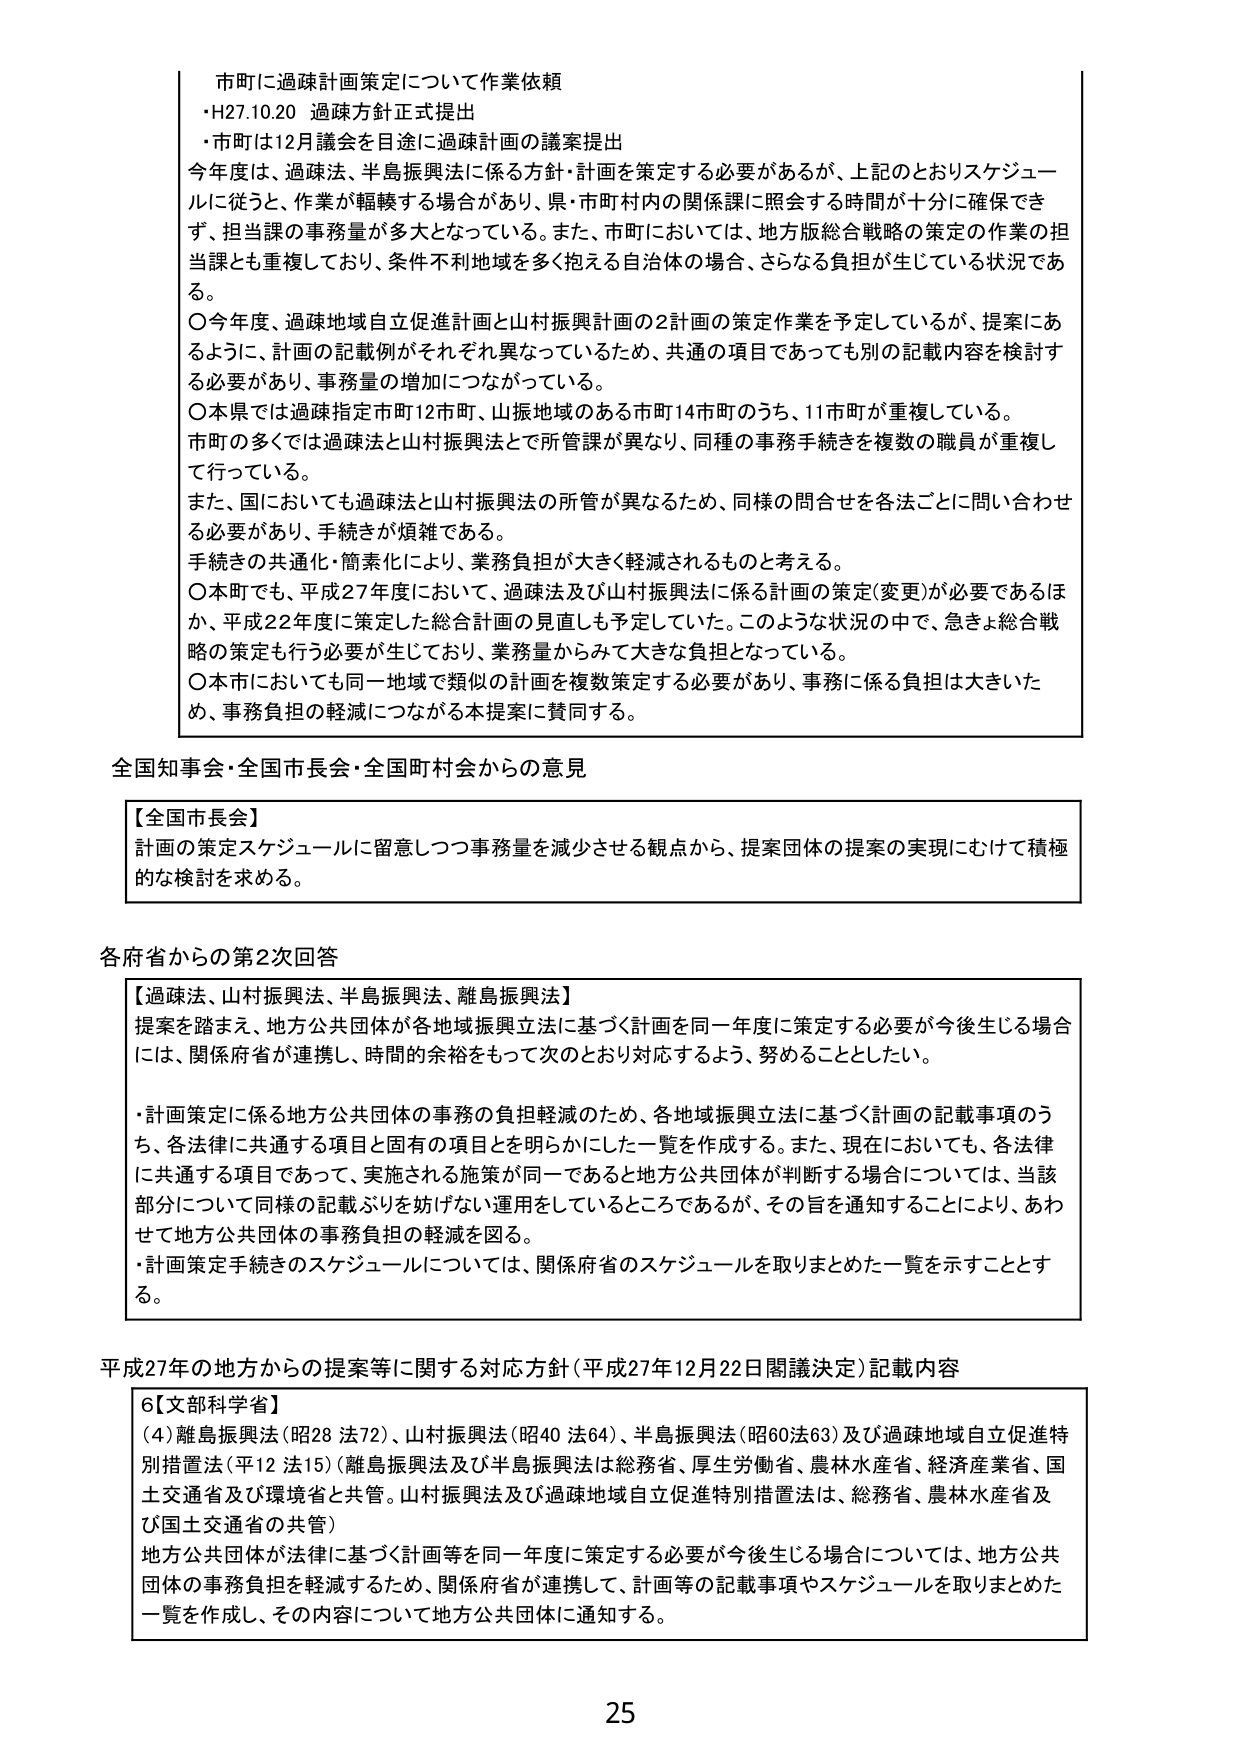
市町に過疎計画策定について作業依頼
・H27.10.20 過疎方針正式提出
・市町は12月議会を目途に過疎計画の議案提出

今年度は、過疎法、半島振興法に係る方針・計画を策定する必要があるが、上記のとおりスケジュールに従うと、作業が軽疎する場合があり、県・市町村内の関係課に照会する時間が十分に確保できず、担当課の事務量が多大となっている。また、市町においては、地方版総合戦略の策定の作業の担当課とも重複しており、条件不利地域を多く抱える自治体の場合、さらなる負担が生じている状況である。

〇今年度、過疎地域自立促進計画と山村振興計画の2計画の策定作業を予定しているが、提案にあるように、計画の記載例がそれぞれ異なっているため、共通の項目であっても別の記載内容を検討する必要があり、事務量の増加につながっている。

〇本県では過疎指定市町12市町、山振地域のある市町14市町のうち、11市町が重複している。市町の多くでは過疎法と山村振興法とで所管課が異なり、同種の事務手続きを複数の職員が重複して行っている。

また、国においても過疎法と山村振興法の所管が異なるため、同様の問合せを各法ごとに問い合わせる必要があり、手続きが煩雑である。

手続きの共通化・簡素化により、業務負担が大きく軽減されるものと考える。

〇本町でも、平成27年度において、過疎法及び山村振興法に係る計画の策定(変更)が必要であるほか、平成22年度に策定した総合計画の見直しも予定していた。このような状況の中で、急きょ総合戦略の策定も行う必要が生じており、業務量からみて大きな負担となっている。

〇本市においても同一地域で類似の計画を複数策定する必要があり、事務に係る負担は大きいため、事務負担の軽減につながる本提案に賛同する。

全国知事会・全国市長会・全国町村会からの意見

【全国市長会】
計画の策定スケジュールに留意しつつ事務量を減少させる観点から、提案団体の提案の実現にむけて積極的な検討を求める。

各府省からの第2次回答

【過疎法、山村振興法、半島振興法、離島振興法】
提案を踏まえ、地方公共団体が各地域振興立法に基づく計画を同一年度に策定する必要が今後生じる場合には、関係府省が連携し、時間の余裕をもって次のとおり対応するよう、努めることとしたい。

・計画策定に係る地方公共団体の事務の負担軽減のため、各地域振興立法に基づく計画の記載事項のうち、各法律に共通する項目と固有の項目を明らかにした一覧を作成する。また、現在においても、各法律に共通する項目であって、実施される施策が同一であると地方公共団体が判断する場合については、当該部分について同様の記載ぶりを妨げない運用をしているところであるが、その旨を通知することにより、あわせて地方公共団体の事務負担の軽減を図る。

・計画策定手続きのスケジュールについては、関係府省のスケジュールを取りまとめた一覧を示すこととする。

平成27年の地方からの提案等に関する対応方針（平成27年12月22日閣議決定）記載内容

6【文部科学省】
(4) 離島振興法（昭28 法72）、山村振興法（昭40 法64）、半島振興法（昭60法63）及び過疎地域自立促進特別措置法（平12 法15）（離島振興法及び半島振興法は総務省、厚生労働省、農林水産省、経済産業省、国土交通省及び環境省と共管。山村振興法及び過疎地域自立促進特別措置法は、総務省、農林水産省及び国土交通省の共管）

地方公共団体が法律に基づく計画等を同一年度に策定する必要が今後生じる場合については、地方公共団体の事務負担を軽減するため、関係府省が連携して、計画等の記載事項やスケジュールを取りまとめた一覧を作成し、その内容について地方公共団体に通知する。

25